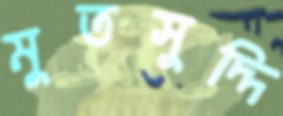
মুতসুদ্দি